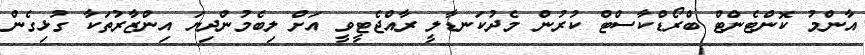
އާންމު ކޮންޓެންޓް ބްރޯޑްކާސްޓް ކުރުން މެދުކަނޑާލީ ރާއްޖެޓީވީ އަށް ލިބެމުންދިޔަ އިންޒާރުތަކާ ގުޅިގެން